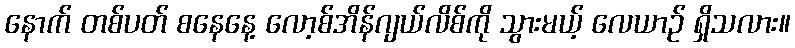
နောက် တစ်ပတ် စနေနေ့ လော့စ်အိန်ဂျယ်လိစ်ကို သွားမယ့် လေယာဉ် ရှိသလား။